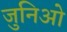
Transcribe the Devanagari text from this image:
जुनिओ